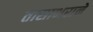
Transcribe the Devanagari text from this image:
तासाभराने